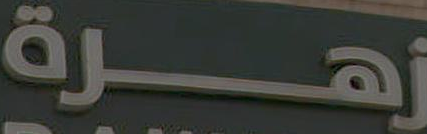
زهرة